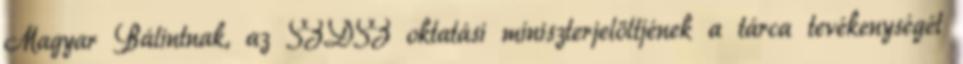
Magyar Bálintnak, az SZDSZ oktatási miniszterjelöltjének a tárca tevékenységét